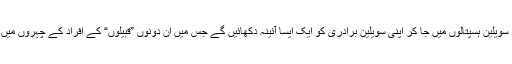
سویلین ڈاکٹروں کے یہی فوجی بھائی بند، سویلین ہسپتالوں میں جا کر اپنی سویلین برادری کو ایک ایسا آئینہ دکھائیں گے جس میں ان دونوں ”قبیلوں“ کے افراد کے چہروں میں جو فرق ہے وہ نمایاں ہو کر نظر آئے گا۔